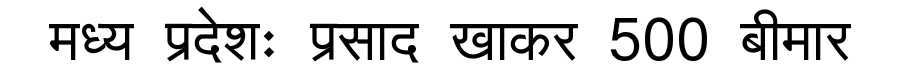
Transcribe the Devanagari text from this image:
मध्य प्रदेशः प्रसाद खाकर 500 बीमार